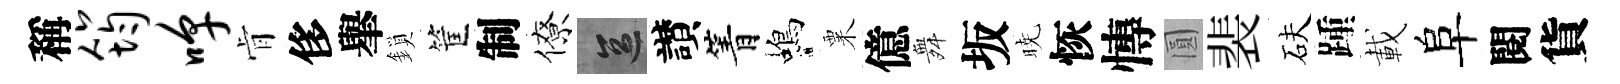
稱筠嗥肻侈𦦙鎖筐制僚區讃箐蝎粟億舞坂暁恢慱圓裴砆踵載阜閱貨